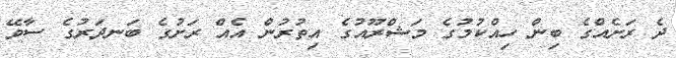
ދެ ރަށެއްގެ ބިން ހިއްކުމުގެ މަޝްރޫއުގެ އިތުރުން އެއް ރަށުގެ ބަނދަރުގެ ސާވޭ